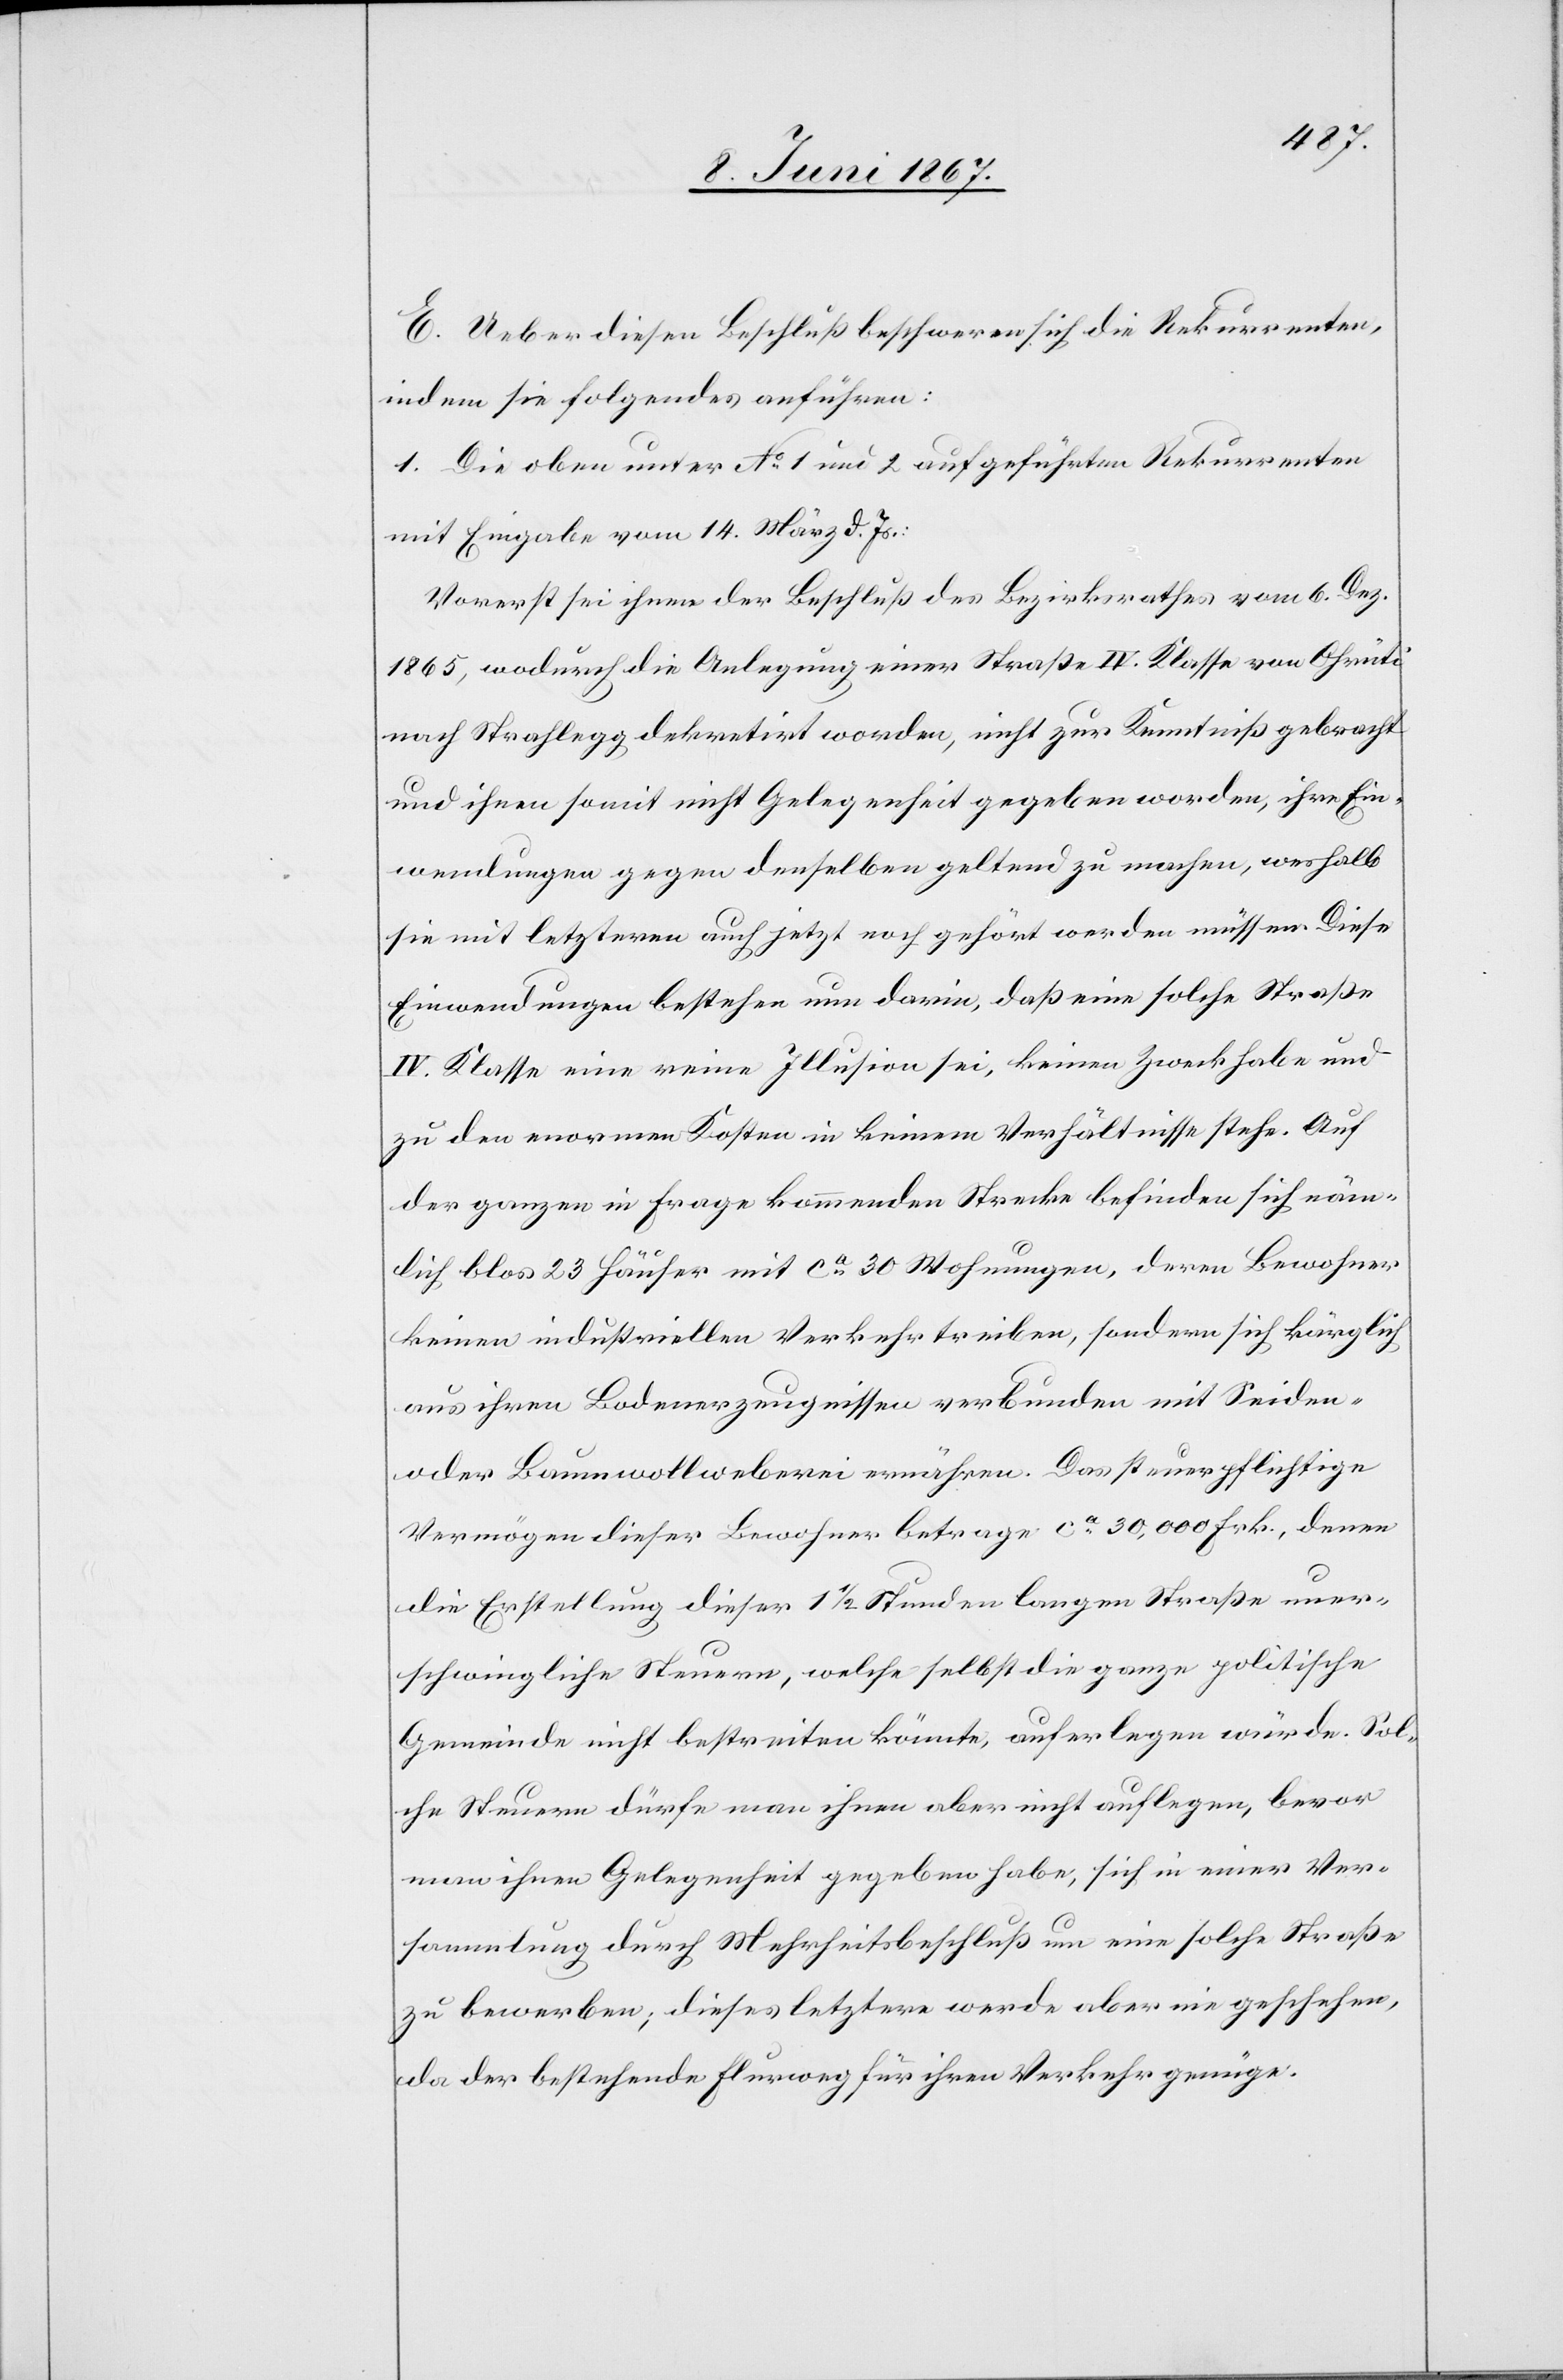
E. Ueber diesen Beschluß beschweren sich die Rekurrenten,
indem sie folgendes anführen:
1. Die oben unter No. 1 und 2 aufgeführten Rekurrenten
mit Eingabe vom 14. März d. Js.:
Vorerst sei ihnen der Beschluß des Bezirksrathes vom 6. Dez.
1865, wodurch die Anlegung einer Straße IV. Klasse von Ohrüti
nach Strahlegg dekretirt worden, nicht zu Kenntniß gebracht
und ihnen somit nicht Gelegenheit gegeben worden, ihre Ein¬
wendungen gegen denselben geltend zu machen, weshalb
sie mit letzteren auch jetzt noch gehört werden müssen. Diese
Einwendungen bestehen nun darin, daß eine solche Straße
IV. Klasse eine reine Illusion sei, keinen Zweck habe und
zu den enormen Kosten in keinem Verhältnisse stehe. Auf
der ganzen in Frage kommenden Strecke befinden sich näm¬
lich blos 23 Häuser mit ca. 30 Wohnungen, deren Bewohner
keinen industriellen Verkehr treiben, sondern sich kärglich
aus ihren Bodenerzeugnissen verbunden mit Seiden-
oder Baumwollweberei ernähren. Das steuerpflichtige
Vermögen dieser Bewohner betrage ca. 30,000 Frk., denen
die Erstellung dieser 1 1/2 Stunden langen Straße uner¬
schwingliche Steuern, welche selbst die ganze politische
Gemeinde nicht bestreiten könnte, auferlegen würde. Sol¬
che Steuern dürfe man ihnen aber nicht auflegen, bevor
man ihnen Gelegenheit gegeben habe, sich in einer Ver¬
sammlung durch Mehrheitsbeschluß um eine solche Straße
zu bewerben; dieses letztere werde aber nie geschehen,
da der bestehende Flurweg für ihren Verkehr genüge.